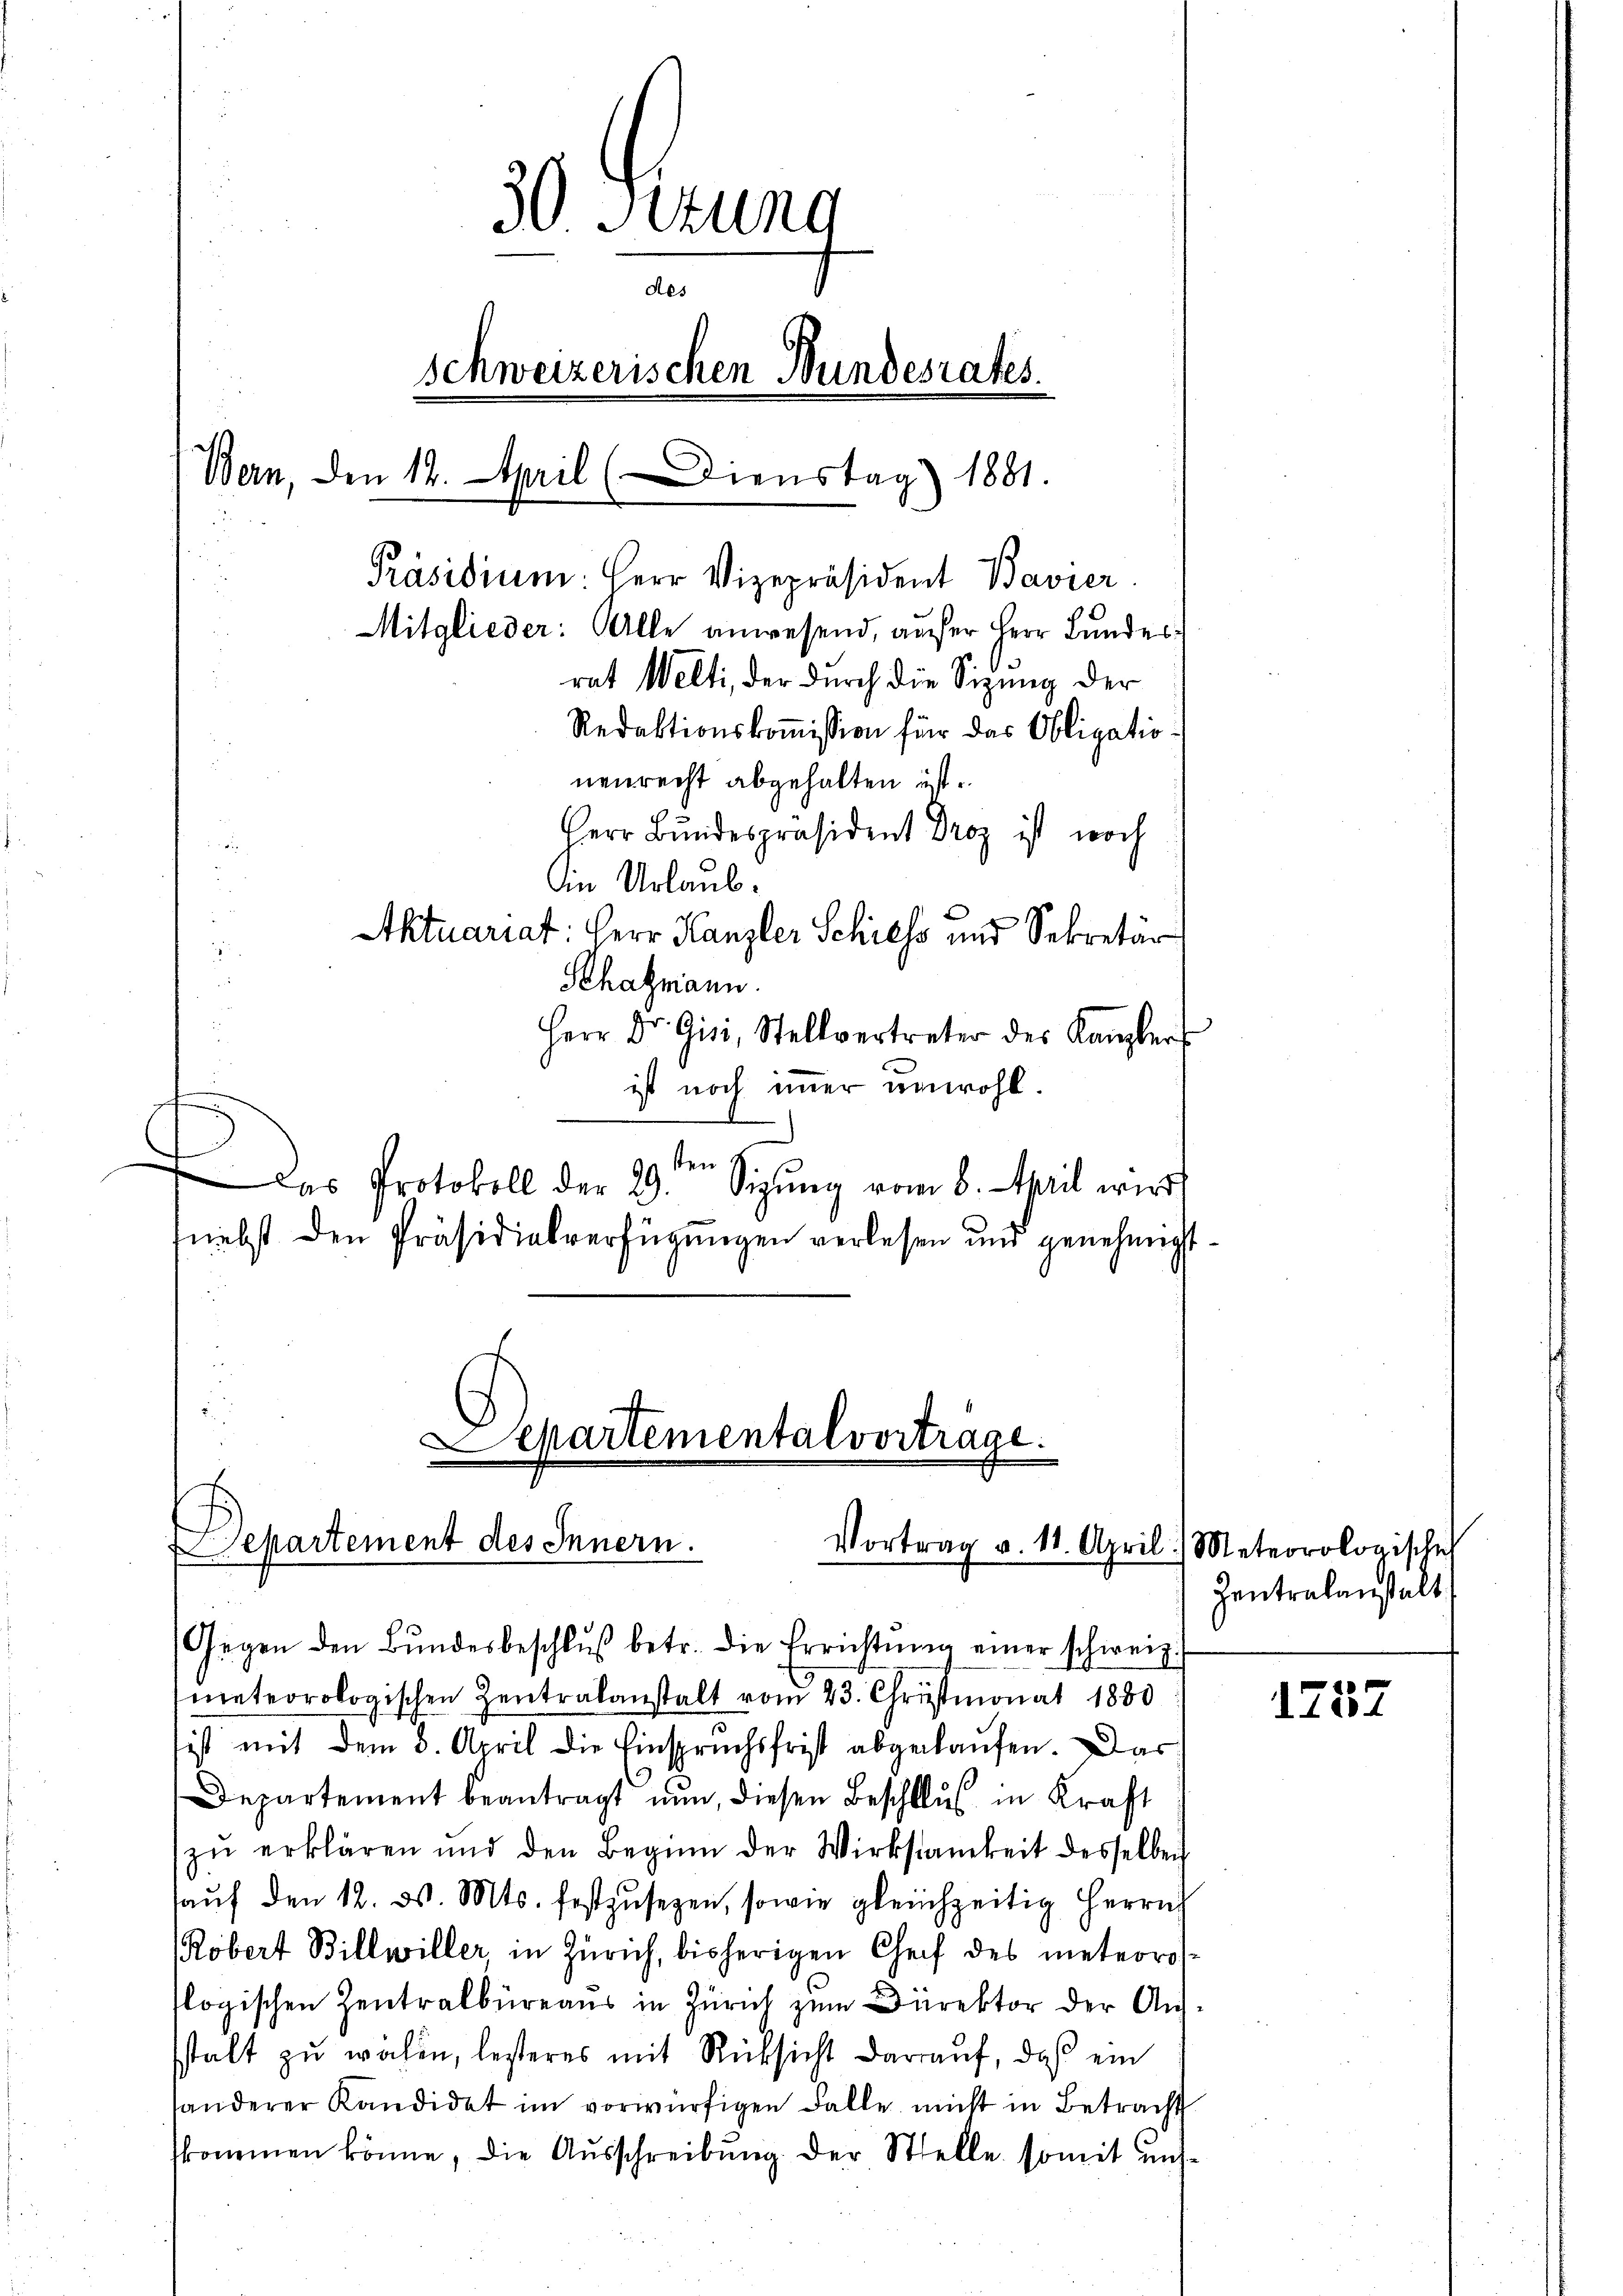
30 Sitzung
des
schweizerischen Bundesrates.
Bern, den 12. April (Dienstag) 1881.
Präsidium. Herr Vizepräsident Bavier
Mitglieder: Alle anwesend, aufer Herr Bundesrat Welti, der durch die Sitzung der
Redaktionskommission für das Obligationenrecht abgehalten ist.
Herr Bundespräsident Droz ist noch
an Urlaub.
Aktuariat: Herr Kanzler Schiess und Sekretär
Schatzmann.
Herr Dr. Gisi, Stellvertreter des Kanzler

ist noch immer unwohl.
sten
Das Protokoll der 29. Sizŭng vom 6. April wird
tnebst den Präsidialverfügungen verlesen und genehmigt.
2

Separtemental vortrage.
epartement des Innern.
Vortrag v. 11. April
Gegen den Bŭndesbeschlŭβ betr. die Errichtŭng einer schweiz.

meteorologischen Zentralanstalt vom 23. Christmonat 1880
sist mit dem 8. April die Einspruchsfrist abgekaufen. Das
Departement beantragt nun, diesen Beschluß in Kraft
zŭ erklären und den Beginn der Wirksamkeit desselben
aŭf den 12. d. Mts. festzŭsezen, sowie gleichzeitig Herrn
Robert Billwiller in Zürich, bisherigen Chef des meteoroslogischen Zentralbüreaus in Zürich zum Direktor der Anstalt zu walen, lesteres mit Rücksicht darauf, daß ein
handerer Kandidat im vorwürfigen Falle nicht in Betracht
skommen könne, die Ausschreibung der Stelle somit uns¬

) Meteorologische
Zentralanstalt

1257